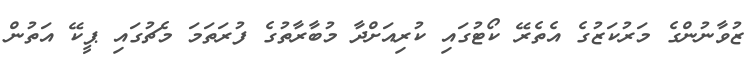
ޒުވާނުންގެ މަރުކަޒުގެ އެތެރޭ ކޯޓުގައި ކުރިއަށްދާ މުބާރާތުގެ ފުރަތަމަ މެޗުގައި ޕީކޭ އަތުން